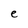
Character: e